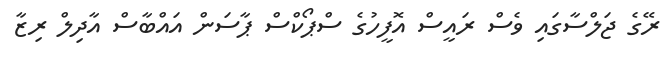
ރޭގެ ޖަލްސާގައި ވެސް ރައީސް އޮފީހުގެ ސްޕޯކްސް ޕާސަން އައްބާސް އާދިލް ރިޒާ